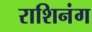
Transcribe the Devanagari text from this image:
राशिनंग